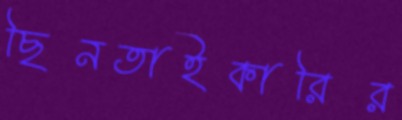
ছিনতাইকারির